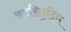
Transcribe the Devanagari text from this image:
अपरिशुद्धि